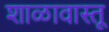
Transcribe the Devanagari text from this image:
शाळावास्तू